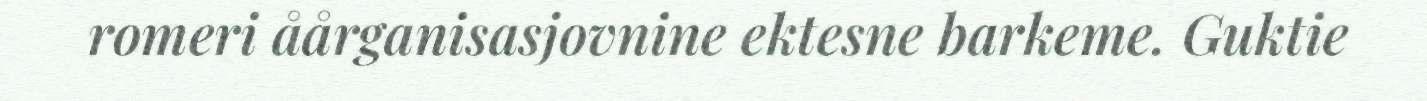
romeri åårganisasjovnine ektesne barkeme. Guktie